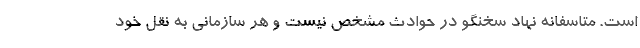
است. متاسفانه نهاد سخنگو در حوادث مشخص نیست و هر سازمانی به نقل خود